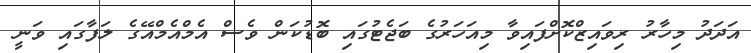
އަދަދު މިހާރު ރިވައިޒްކޮށްފައިވާ މިއަހަރުގެ ބަޖެޓުގައި ބޮޑުކަން ވެސް އެމްއެމްއޭގެ ލަފާގައި ވަނީ